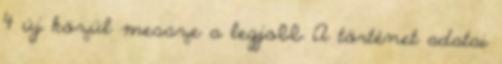
4 új közül messze a legjobb A történet adatai